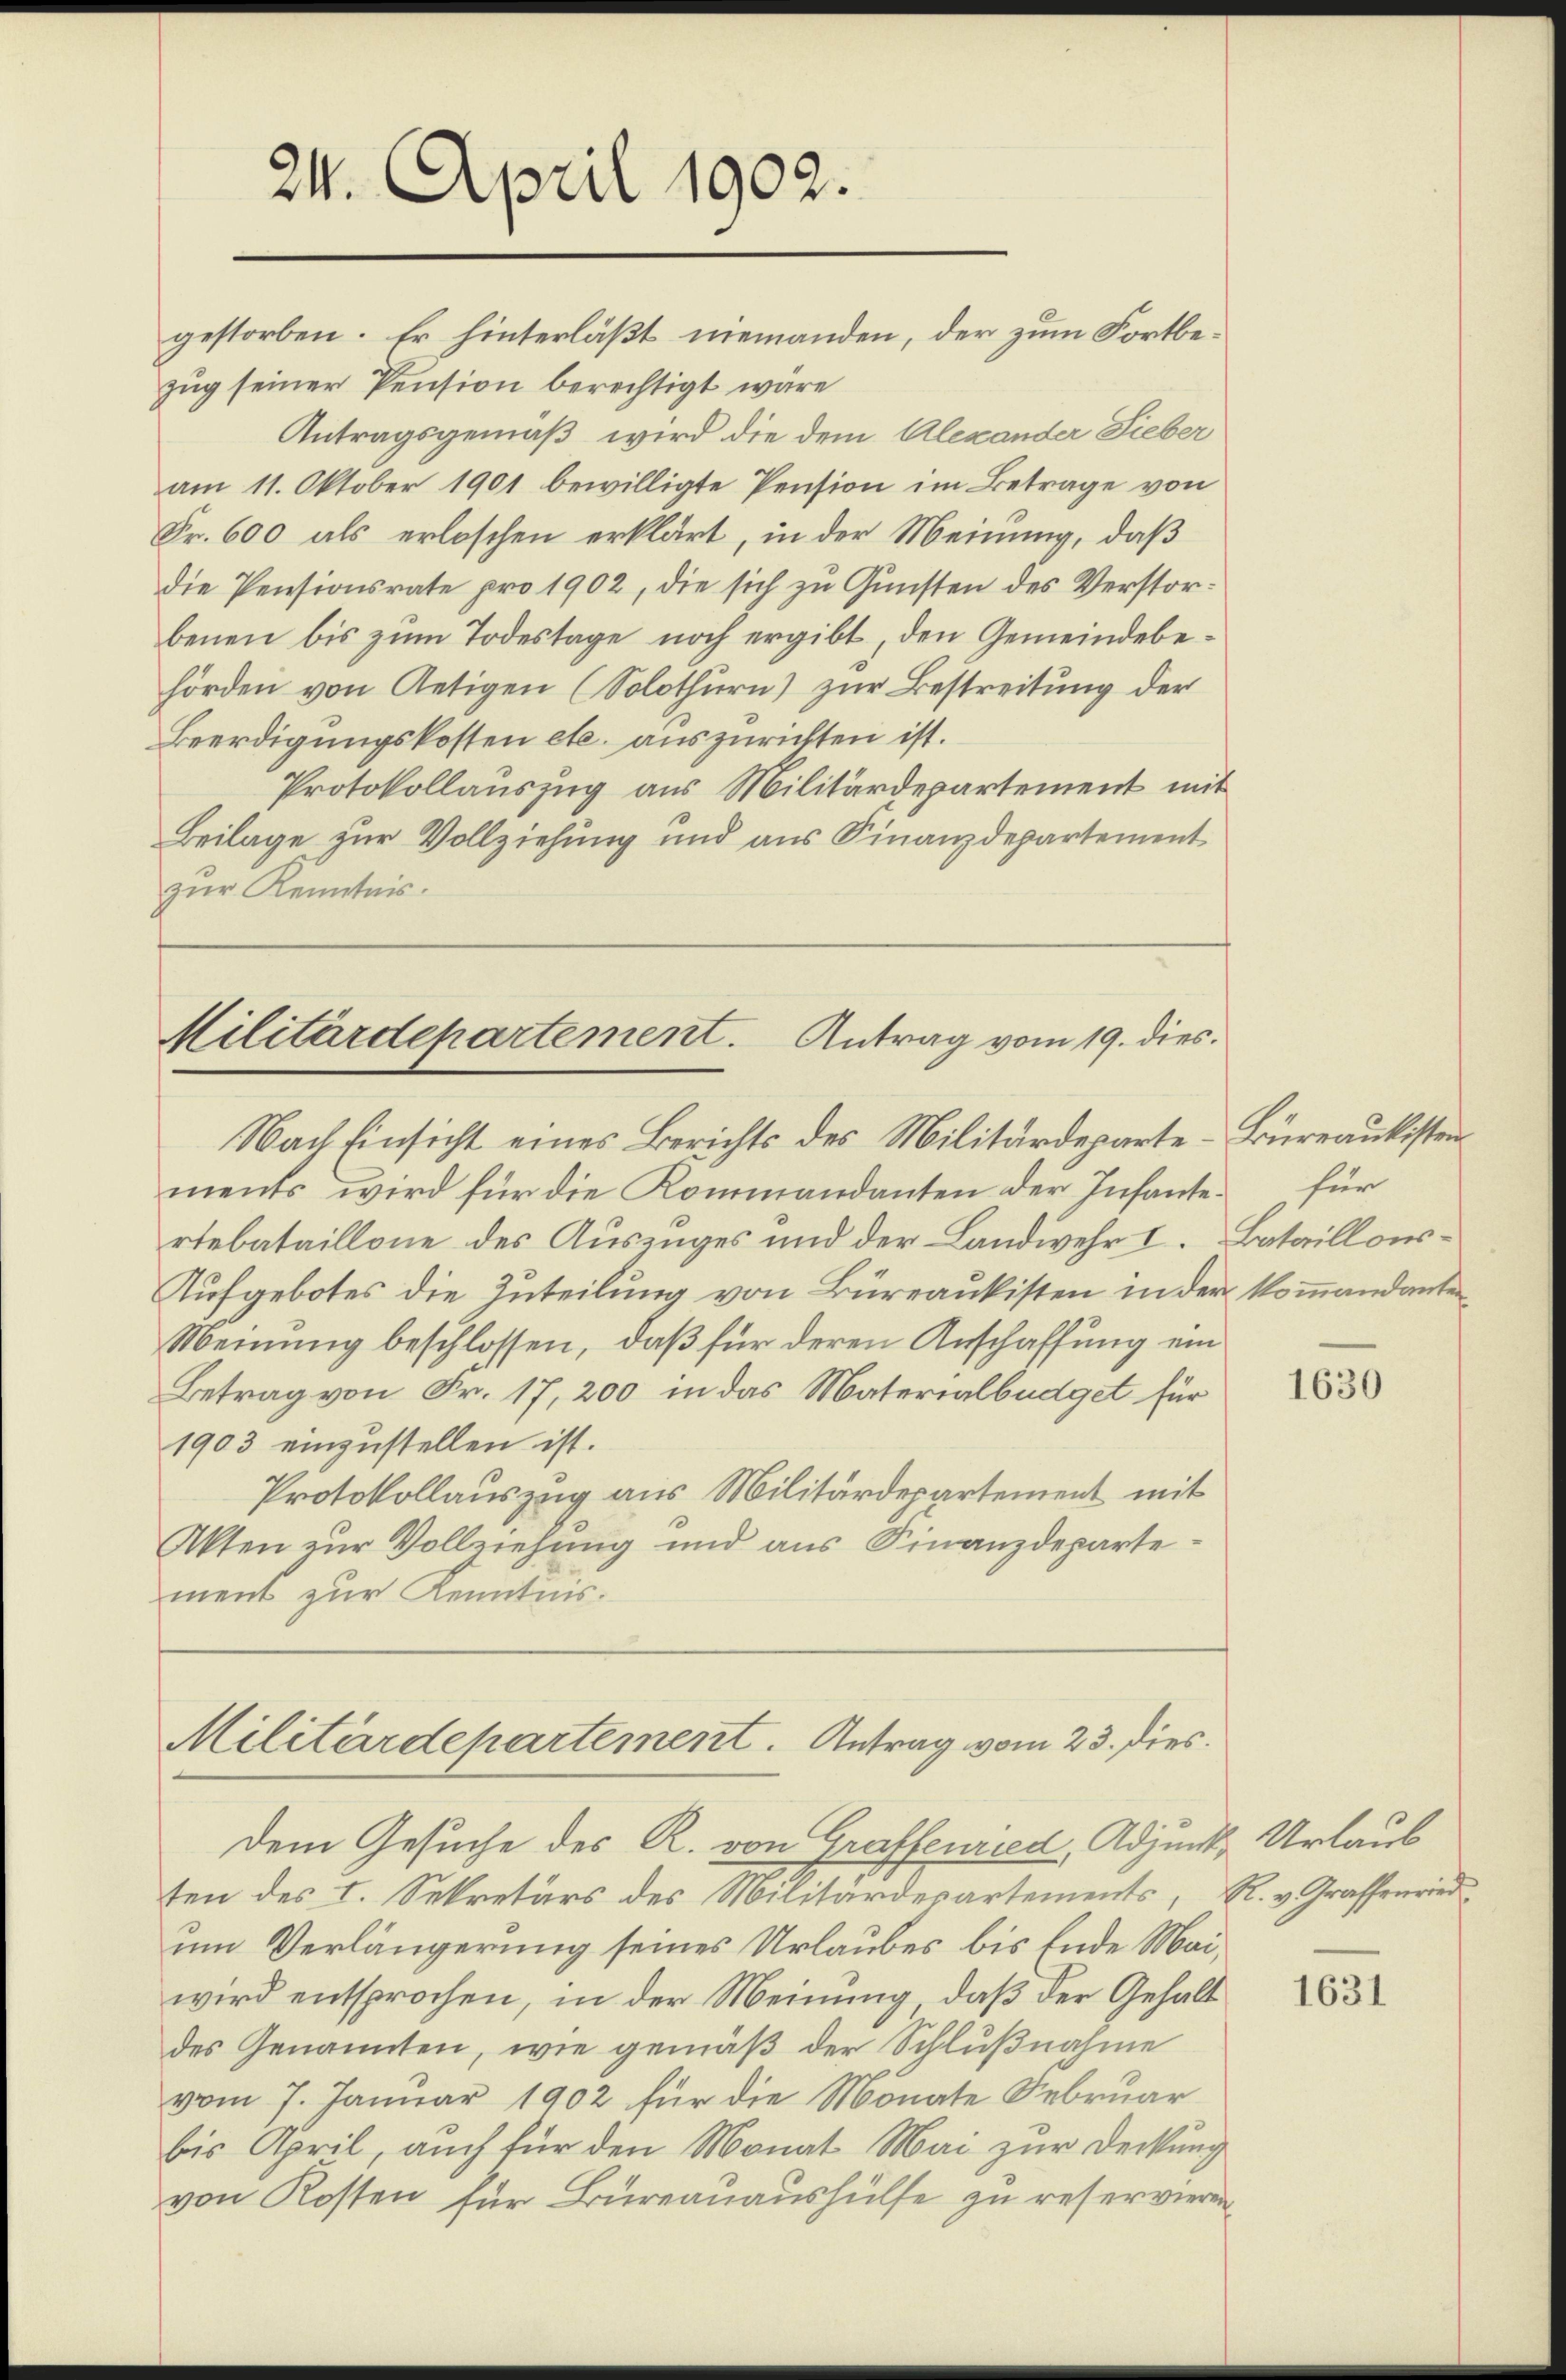
24. April 1902.
gestorben. Er hinterläßt niemanden, der zum Fortbe¬

zug seiner Pension berechtigt wäre
Antragsgemäß wird die dem Alexander Lieber
am 11. Oktober 1901 bewilligte Pension im Betrage von
Fr. 600 als erloschen erklärt, in der Meinung, daß
die Pensionsrate pro 1902, die sich zu Gunsten des Verstorbenen bis zum Todestage noch ergibt, den Gemeindebehörden von Aetigen (Solothurn) zur Bestreitung der
Beerdigungskosten etc. auszurichten ist.
Protokollauszug aus Militärdepartement mit
Beilage zur Vollziehung und aus Finanzdepartement
zur Kenntnis.

Militärdepartement. Antrag vom 19. dies
Nach Einsicht eines Berichts des Militärdeparte-Büreaukisten

Militärdepartement. Antrag vom 23. dies

ments wird für die Kommandanten der Infante für
rtebataillone des Auszuges und der Landwehr I.
Aufgebotes die Zuteilung von Büreaukisten in der kommandanten
Meinung beschlossen, daß für deren Anschaffung ein
Betrag von Fr. 17, 200 in das Materialbüdget für
1903 einzustellen ist.
Protokollauszug aus Militärdepartement mit
Akten zur Vollziehung und aus Finanzdepartement zur Kenntnis.

Dem Gesuche des R. von Graffenried, Adjunk Urlaub
ten des I. Sekretärs des Militärdepartements, R. v. Graffenried
um Verlängerung seines Urlaubes bis Ende Mai,
wird entsprochen, in der Meinung, daß der Gehalt
des Genannten, wie gemäß der Schlußnahme
vom 7. Januar 1902 für die Monate Februar
bis April, auch für den Monat Mai zur Deckung
von Kosten für Bureauaushülfe zu reservieren

Bataillons-

1630

1631